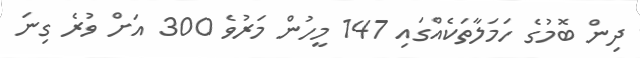
ދިން ބޮމުގެ ހަމަލާތަކެއްގައި 147 މީހުން މަރުވެ 300 އަށް ވުރެ ގިނަ